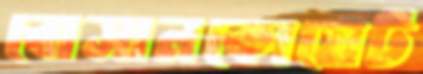
বোসানকোয়েট